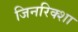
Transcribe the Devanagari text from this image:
जिनरिक्शा